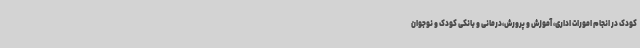
کودک در انجام امورات اداری، آموزش و پرورش،درمانی و بانکی کودک و نوجوان